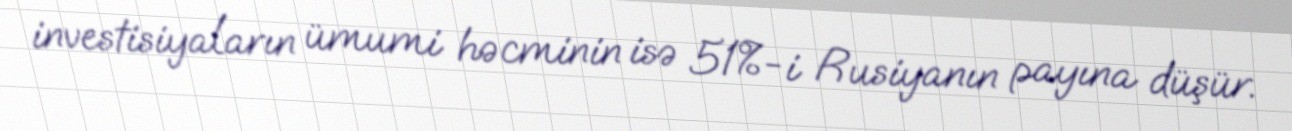
investisiyaların ümumi həcminin isə 51%-i Rusiyanın payına düşür.